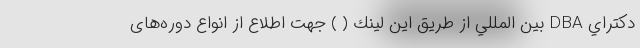
دكتراي DBA بين المللي از طريق اين لينك ( ) جهت اطلاع از انواع دوره‌های